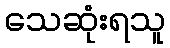
သေဆုံးရသူ